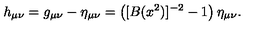
h _ { \mu \nu } = g _ { \mu \nu } - \eta _ { \mu \nu } = \left( [ B ( x ^ { 2 } ) ] ^ { - 2 } - 1 \right) \eta _ { \mu \nu } .